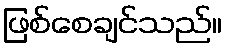
ဖြစ်စေချင်သည်။